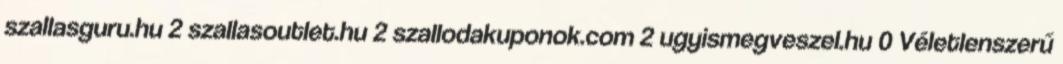
szallasguru.hu 2 szallasoutlet.hu 2 szallodakuponok.com 2 ugyismegveszel.hu 0 Véletlenszerű